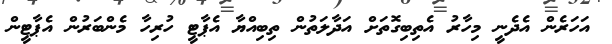
އަހަރެން އެދެނީ މިހާރު އެތިބިގޮތަށް އަދާލަތުން ތިބިއްޔާ އެޕާޓީ ހުރިހާ މެންބަރުން އެޕާޓީން